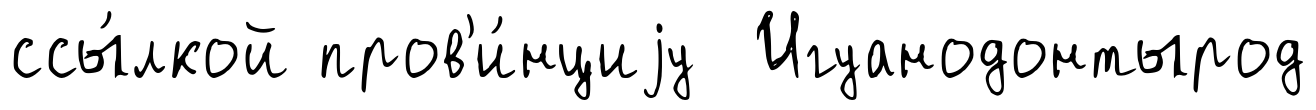
ссы́лкой пров'и́нциjу Игуанодонтырод